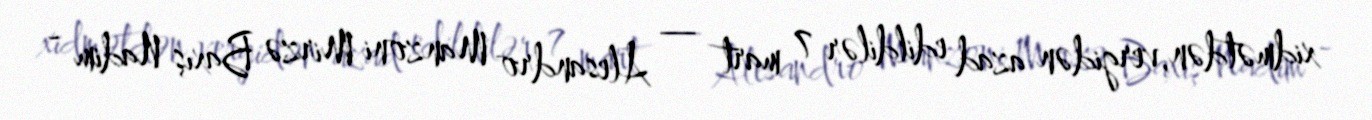
xidmətdən,vergidən azad edildilər 7 mart — Alesandro Manzoni Mirzə Baxış Nadim -